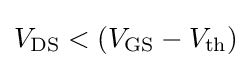
V_{\text{DS}}<(V_{\text{GS}}-V_{\text{th}})